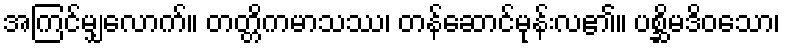
အကြင်မျှလောက်။ တတ္တိကမာသဿ၊ တန်ဆောင်မုန်းလ၏။ ပစ္ဆိမဒိဝသော၊